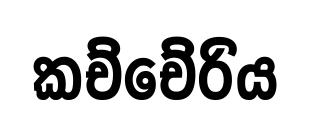
කච්චේරිය